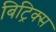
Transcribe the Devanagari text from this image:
बिट्रिक्स